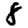
Digit: 8